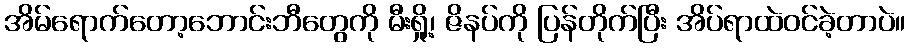
အိမ်ရောက်တော့ဘောင်းဘီတွေကို မီးရှို့၊ ဇိနပ်ကို ပြန်တိုက်ပြီး အိပ်ရာထဲဝင်ခဲ့တာပဲ။